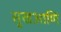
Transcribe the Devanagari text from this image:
सुखआणि